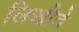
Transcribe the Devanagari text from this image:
लिखीते